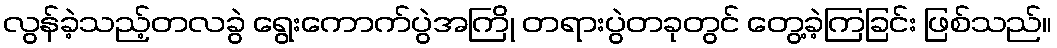
လွန်ခဲ့သည့်တလခွဲ ရွေးကောက်ပွဲအကြို တရားပွဲတခုတွင် တွေ့ခဲ့ကြခြင်း ဖြစ်သည်။